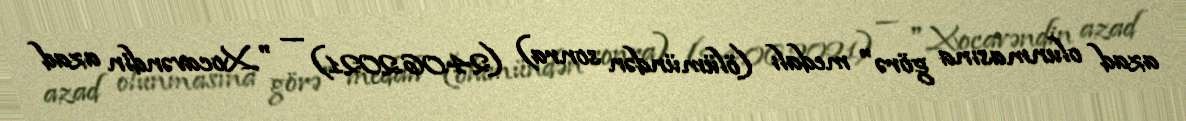
azad olunmasına görə" medalı (ölümündən sonra) (24.06.2021) — "Xocavəndin azad